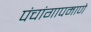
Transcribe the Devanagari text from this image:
पंचांगापमाणे